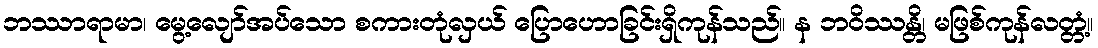
ဘဿာရာမာ၊ မွေ့လျော်အပ်သော စကားတုံလှယ် ပြောဟောခြင်းရှိကုန်သည်။ န ဘဝိဿန္တိ၊ မဖြစ်ကုန်လတ္တံ့။